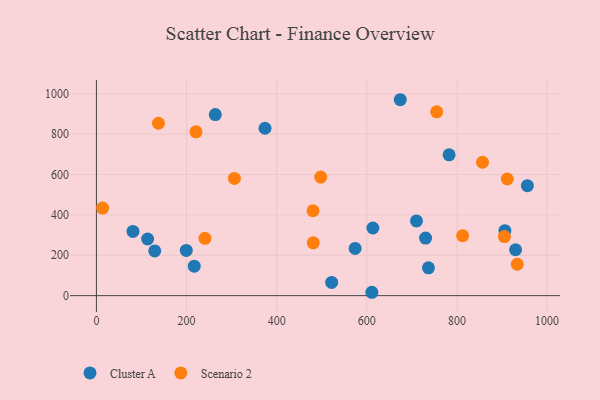
{"axis": {"x": "Price", "y": "Rating"}, "legend": ["Cluster A", "Scenario 2"], "data": [{"x": "129.4", "y": 221.8, "type": "Cluster A"}, {"x": "730.4", "y": 285.1, "type": "Cluster A"}, {"x": "263.8", "y": 897.0, "type": "Cluster A"}, {"x": "611.2", "y": 16.7, "type": "Cluster A"}, {"x": "906.4", "y": 321.9, "type": "Cluster A"}, {"x": "710.2", "y": 370.2, "type": "Cluster A"}, {"x": "113.6", "y": 280.8, "type": "Cluster A"}, {"x": "613.5", "y": 335.3, "type": "Cluster A"}, {"x": "782.6", "y": 697.7, "type": "Cluster A"}, {"x": "930.1", "y": 227.5, "type": "Cluster A"}, {"x": "81.1", "y": 318.2, "type": "Cluster A"}, {"x": "674.3", "y": 970.8, "type": "Cluster A"}, {"x": "574.1", "y": 233.9, "type": "Cluster A"}, {"x": "374.1", "y": 829.5, "type": "Cluster A"}, {"x": "217.1", "y": 145.9, "type": "Cluster A"}, {"x": "956.3", "y": 544.8, "type": "Cluster A"}, {"x": "199.4", "y": 223.9, "type": "Cluster A"}, {"x": "522.0", "y": 65.3, "type": "Cluster A"}, {"x": "736.8", "y": 137.9, "type": "Cluster A"}, {"x": "755.1", "y": 911.0, "type": "Scenario 2"}, {"x": "221.0", "y": 811.9, "type": "Scenario 2"}, {"x": "933.8", "y": 155.6, "type": "Scenario 2"}, {"x": "306.2", "y": 580.9, "type": "Scenario 2"}, {"x": "497.7", "y": 587.5, "type": "Scenario 2"}, {"x": "905.3", "y": 292.8, "type": "Scenario 2"}, {"x": "856.8", "y": 660.9, "type": "Scenario 2"}, {"x": "13.8", "y": 434.1, "type": "Scenario 2"}, {"x": "481.2", "y": 261.8, "type": "Scenario 2"}, {"x": "812.6", "y": 297.1, "type": "Scenario 2"}, {"x": "240.9", "y": 284.2, "type": "Scenario 2"}, {"x": "480.6", "y": 420.7, "type": "Scenario 2"}, {"x": "911.7", "y": 577.9, "type": "Scenario 2"}, {"x": "137.7", "y": 854.3, "type": "Scenario 2"}]}